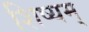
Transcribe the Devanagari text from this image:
शिष्यम्